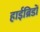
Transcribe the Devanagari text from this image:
हाईब्रिडों